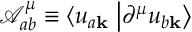
\mathcal { A } _ { a b } ^ { \mu } \equiv \left\langle u _ { a \mathbf { k } } \right. \left| \partial ^ { \mu } u _ { b \mathbf { k } } \right\rangle